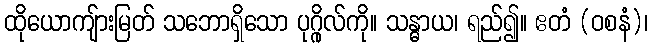
ထိုယောကျ်ားမြတ် သဘောရှိသော ပုဂ္ဂိုလ်ကို။ သန္ဓာယ၊ ရည်၍။ ဧတံ (ဝစနံ)၊